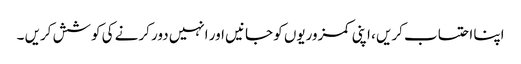
اپنا احتساب کریں ، اپنی کمزوریوں کو جانیں اور انہیں دور کرنے کی کوشش کریں ۔